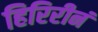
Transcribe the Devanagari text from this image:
हिरिरीनं